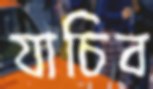
যাচিব